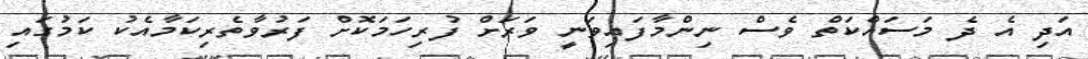
އަދި އެ ދެ މަސައްކަތް ވެސް ނިންމާފައިވަނީ ވަރަށް ފުރިހަމަކޮށް ފަރުވާތެރިކަމާއެކު ކަމުގައި